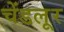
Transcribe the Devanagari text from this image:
चेंडलूर